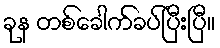
ခုန တစ်ခေါက်ခပ်ပြီးပြီ။